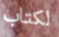
لكتاب